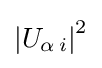
\left\vert U_{\alpha \,i}\right\vert ^{2}